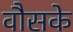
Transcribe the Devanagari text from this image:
वौसके